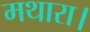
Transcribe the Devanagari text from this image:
मथारा।